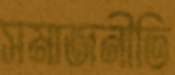
সমাজনীতি